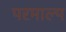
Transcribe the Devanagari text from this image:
परमाल्प